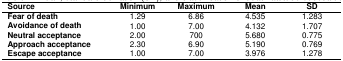
| Source | Minimum | Maximum | Mean | SD |
 | --- | --- | --- | --- | --- |
 | Fear of death | 1.29 | 6.86 | 4.535 | 1.283 |
 | Avoidance of death | 1.00 | 7.00 | 4.132 | 1.707 |
 | Neutral acceptance | 2.00 | 700 | 5.680 | 0.775 |
 | Approach acceptance | 2.30 | 6.90 | 5.190 | 0.769 |
 | Escape acceptance | 1.00 | 7.00 | 3.976 | 1.278 |